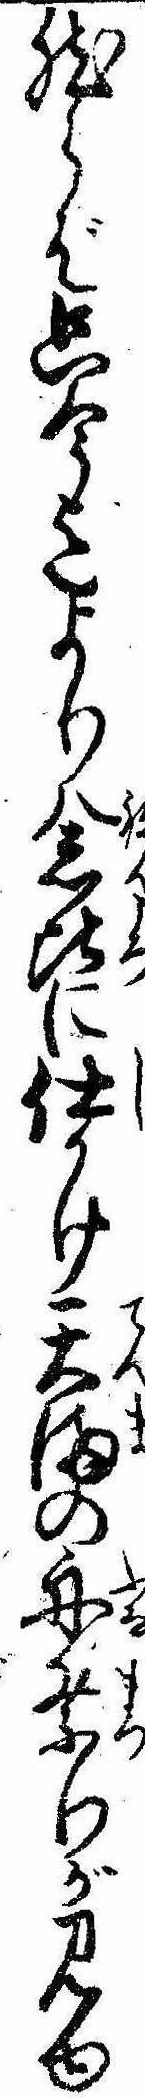
然らば只今迄より念比に仕かけ天満の舟祭りが見ゆ